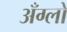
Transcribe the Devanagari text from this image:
अँग्लो